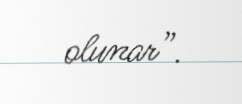
olunar”.